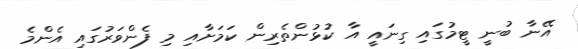
އޭނާ ބުނީ ޓީމުގައި ގިނައީ އާ ކުޅުންތެރިން ކަމަށާއި މި ފެންވަރުގައި އެންމެ